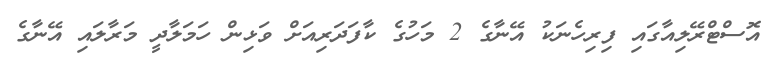
އޮސްޓްރޭލިއާގައި ފިރިހެނަކު އޭނާގެ 2 މަހުގެ ކާފަދަރިއަށް ވަޅިން ހަމަލާދީ މަރާލައި އޭނާގެ